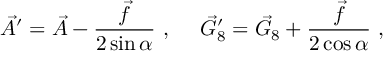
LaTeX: \vec { A } ^ { \prime } = \vec { A } - \frac { \vec { f } } { 2 \sin \alpha } ~ , ~ ~ ~ ~ \vec { G } _ { 8 } ^ { \prime } = \vec { G } _ { 8 } + \frac { \vec { f } } { 2 \cos \alpha } ~ ,